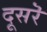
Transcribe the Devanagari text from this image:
दूसरॆ